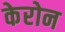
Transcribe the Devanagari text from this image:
केरोन